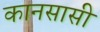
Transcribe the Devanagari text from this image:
कानसासी